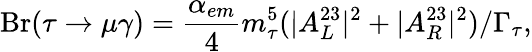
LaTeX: \mathrm{Br}(\tau\to\mu\gamma)=\frac{\alpha_{em}}{4}m_{\tau}^{5}(|A_{L}^{23}|^{2}+|A_{R}^{23}|^{2})/\Gamma_{\tau},